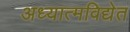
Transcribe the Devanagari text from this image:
अध्यात्मविद्येत